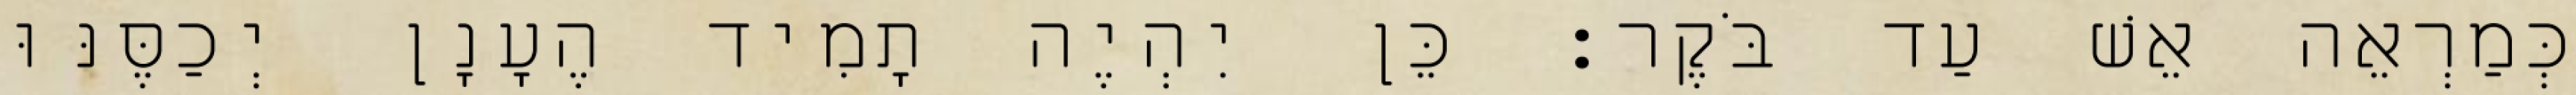
כְּמַרְאֵה אֵשׁ עַד בֹּקֶר׃ כֵּן יִהְיֶה תָמִיד הֶעָנָן יְכַסֶּנּוּ